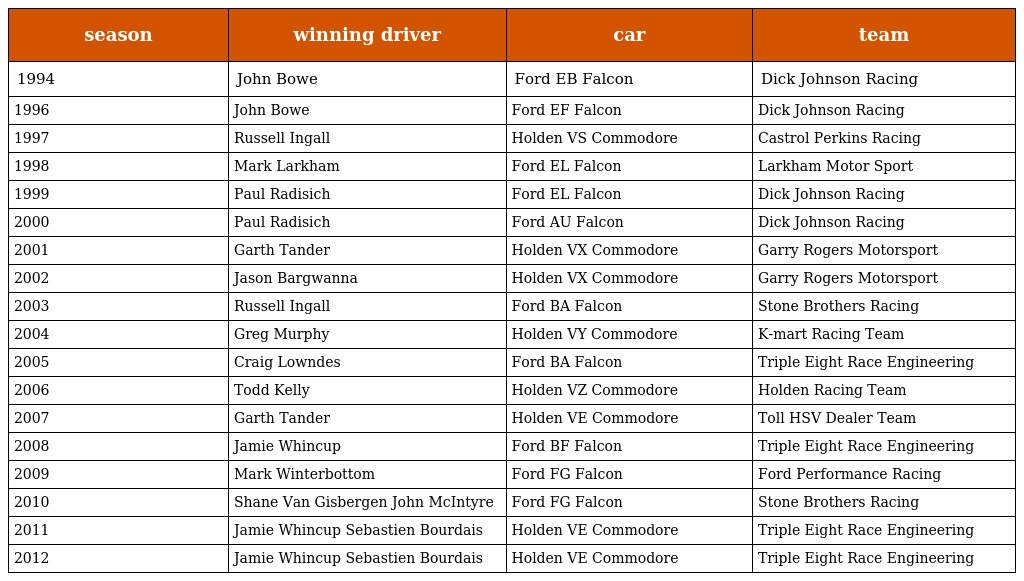
| season | winning driver | car | team |
 | --- | --- | --- | --- |
 | 1994 | John Bowe | Ford EB Falcon | Dick Johnson Racing |
 | 1996 | John Bowe | Ford EF Falcon | Dick Johnson Racing |
 | 1997 | Russell Ingall | Holden VS Commodore | Castrol Perkins Racing |
 | 1998 | Mark Larkham | Ford EL Falcon | Larkham Motor Sport |
 | 1999 | Paul Radisich | Ford EL Falcon | Dick Johnson Racing |
 | 2000 | Paul Radisich | Ford AU Falcon | Dick Johnson Racing |
 | 2001 | Garth Tander | Holden VX Commodore | Garry Rogers Motorsport |
 | 2002 | Jason Bargwanna | Holden VX Commodore | Garry Rogers Motorsport |
 | 2003 | Russell Ingall | Ford BA Falcon | Stone Brothers Racing |
 | 2004 | Greg Murphy | Holden VY Commodore | K-mart Racing Team |
 | 2005 | Craig Lowndes | Ford BA Falcon | Triple Eight Race Engineering |
 | 2006 | Todd Kelly | Holden VZ Commodore | Holden Racing Team |
 | 2007 | Garth Tander | Holden VE Commodore | Toll HSV Dealer Team |
 | 2008 | Jamie Whincup | Ford BF Falcon | Triple Eight Race Engineering |
 | 2009 | Mark Winterbottom | Ford FG Falcon | Ford Performance Racing |
 | 2010 | Shane Van Gisbergen John McIntyre | Ford FG Falcon | Stone Brothers Racing |
 | 2011 | Jamie Whincup Sebastien Bourdais | Holden VE Commodore | Triple Eight Race Engineering |
 | 2012 | Jamie Whincup Sebastien Bourdais | Holden VE Commodore | Triple Eight Race Engineering |